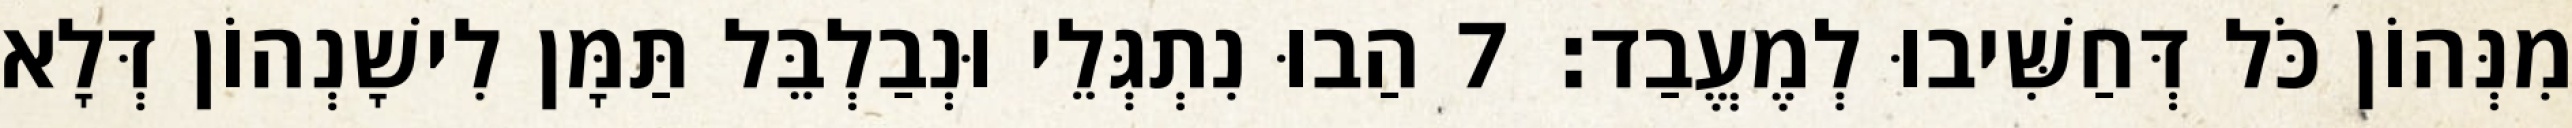
מִנְּהוֹן כֹּל דְּחַשִּׁיבוּ לְמֶעֱבַד׃ 7 הַבוּ נִתְגְּלֵי וּנְבַלְבֵּל תַּמָּן לִישָׁנְהוֹן דְּלָא